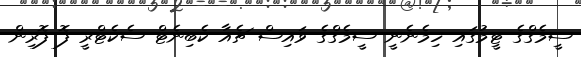
ސީމެގްގެ ޓީމުގައި ހިމެނެނީ ސީމެގްގެ ވައިސް ޗެއާ ކެބިނެޓް ސެކެޓްރީ ފޮ ފޮރިން